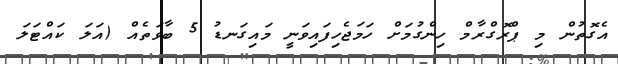
އެގޮތުން މި ޕްރޮގްރާމް ހިންގުމަށް ހަމަޖެހިފައިވަނީ މައިގަނޑު 5 ބާވަތެއް (އަލަ ކައްޓަލަ